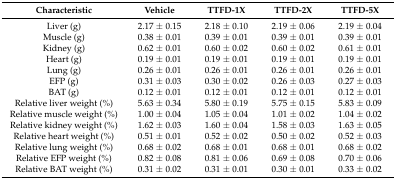
| Characteristic | Vehicle | TTFD-1X | TTFD-2X | TTFD-5X |
 | --- | --- | --- | --- | --- |
 | Liver (g) | 2.17 ± 0.15 | 2.18 ± 0.10 | 2.19 ± 0.06 | 2.19 ± 0.04 |
 | Muscle (g) | 0.38 ± 0.01 | 0.39 ± 0.01 | 0.39 ± 0.01 | 0.39 ± 0.01 |
 | Kidney (g) | 0.62 ± 0.01 | 0.60 ± 0.02 | 0.60 ± 0.02 | 0.61 ± 0.01 |
 | Heart (g) | 0.19 ± 0.01 | 0.19 ± 0.01 | 0.19 ± 0.01 | 0.19 ± 0.01 |
 | Lung (g) | 0.26 ± 0.01 | 0.26 ± 0.01 | 0.26 ± 0.01 | 0.26 ± 0.01 |
 | EFP (g) | 0.31 ± 0.03 | 0.30 ± 0.02 | 0.26 ± 0.03 | 0.27 ± 0.03 |
 | BAT (g) | 0.12 ± 0.01 | 0.12 ± 0.01 | 0.12 ± 0.01 | 0.12 ± 0.01 |
 | Relative liver weight (%) | 5.63 ± 0.34 | 5.80 ± 0.19 | 5.75 ± 0.15 | 5.83 ± 0.09 |
 | Relative muscle weight (%) | 1.00 ± 0.04 | 1.05 ± 0.04 | 1.01 ± 0.02 | 1.04 ± 0.02 |
 | Relative kidney weight (%) | 1.62 ± 0.03 | 1.60 ± 0.04 | 1.58 ± 0.03 | 1.63 ± 0.05 |
 | Relative heart weight (%) | 0.51 ± 0.01 | 0.52 ± 0.02 | 0.50 ± 0.02 | 0.52 ± 0.03 |
 | Relative lung weight (%) | 0.68 ± 0.02 | 0.68 ± 0.01 | 0.68 ± 0.01 | 0.68 ± 0.02 |
 | Relative EFP weight (%) | 0.82 ± 0.08 | 0.81 ± 0.06 | 0.69 ± 0.08 | 0.70 ± 0.06 |
 | Relative BAT weight (%) | 0.31 ± 0.02 | 0.31 ± 0.01 | 0.30 ± 0.01 | 0.33 ± 0.02 |